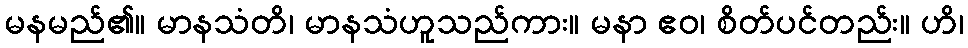
မနမည်၏။ မာနသံတိ၊ မာနသံဟူသည်ကား။ မနာ ဧဝ၊ စိတ်ပင်တည်း။ ဟိ၊